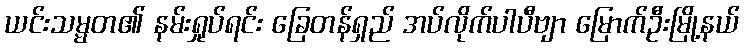
ယင်းသမ္မတ၏ နမ်းရှုပ်ရင်း ခြေတန်ရှည် အပ်လိုက်ပါပီဗျာ မြောက်ဦးမြို့နယ်